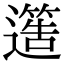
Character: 𮟐